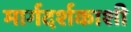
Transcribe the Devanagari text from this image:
मार्गदर्शकाशी